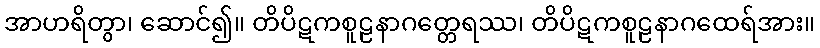
အာဟရိတွာ၊ ဆောင်၍။ တိပိဋကစူဠနာဂတ္တေရဿ၊ တိပိဋကစူဠနာဂထေရ်အား။